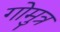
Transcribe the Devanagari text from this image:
गोमुत्र